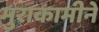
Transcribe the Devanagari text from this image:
मुराकामीने